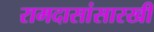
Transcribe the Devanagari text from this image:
रामदासांसारखी